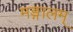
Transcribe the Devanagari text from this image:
मङ्गालम्